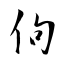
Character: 佝